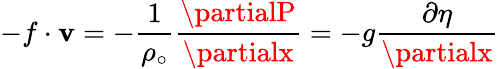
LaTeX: -f\cdot\mathbf{v}=-\frac{{1}}{{\rho_{\circ}}}\frac{{\partialP}}{{\partialx}}=-g\frac{{\partial\eta}}{{\partialx}}